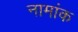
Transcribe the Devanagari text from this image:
नामांक